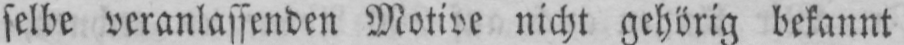
selbe veranlassenden Motive nicht gehörig bekannt